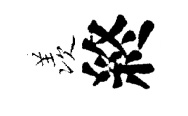
羡終